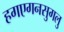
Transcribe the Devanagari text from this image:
हगएगनसुगलु